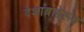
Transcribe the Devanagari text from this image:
देशाबाहेरून